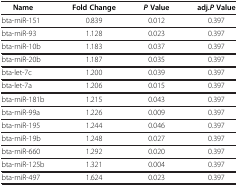
| Name | Fold Change | P Value | adj.P Value |
 | --- | --- | --- | --- |
 | bta-miR-151 | 0.839 | 0.012 | 0.397 |
 | bta-miR-93 | 1.128 | 0.023 | 0.397 |
 | bta-miR-10b | 1.183 | 0.037 | 0.397 |
 | bta-miR-20b | 1.187 | 0.035 | 0.397 |
 | bta-let-7c | 1.200 | 0.039 | 0.397 |
 | bta-let-7a | 1.206 | 0.015 | 0.397 |
 | bta-miR-181b | 1.215 | 0.043 | 0.397 |
 | bta-miR-99a | 1.226 | 0.009 | 0.397 |
 | bta-miR-195 | 1.244 | 0.046 | 0.397 |
 | bta-miR-19b | 1.248 | 0.027 | 0.397 |
 | bta-miR-660 | 1.292 | 0.020 | 0.397 |
 | bta-miR-125b | 1.321 | 0.004 | 0.397 |
 | bta-miR-497 | 1.624 | 0.023 | 0.397 |